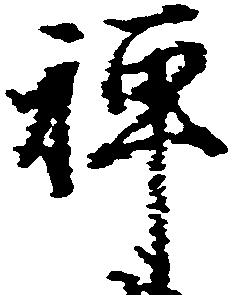
禅